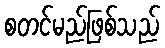
စတင်မည်ဖြစ်သည်